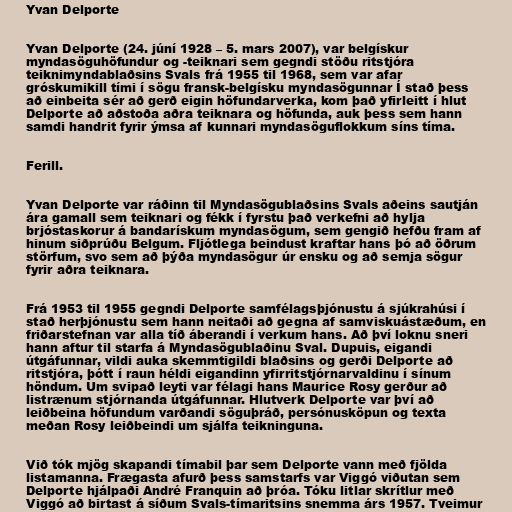
Yvan Delporte

Yvan Delporte (24. júní 1928 – 5. mars 2007), var belgískur
myndasöguhöfundur og -teiknari sem gegndi stöðu ritstjóra
teiknimyndablaðsins Svals frá 1955 til 1968, sem var afar
gróskumikill tími í sögu fransk-belgísku myndasögunnar Í stað þess
að einbeita sér að gerð eigin höfundarverka, kom það yfirleitt í hlut
Delporte að aðstoða aðra teiknara og höfunda, auk þess sem hann
samdi handrit fyrir ýmsa af kunnari myndasöguflokkum síns tíma.

Ferill.

Yvan Delporte var ráðinn til Myndasögublaðsins Svals aðeins sautján
ára gamall sem teiknari og fékk í fyrstu það verkefni að hylja
brjóstaskorur á bandarískum myndasögum, sem gengið hefðu fram af
hinum siðprúðu Belgum. Fljótlega beindust kraftar hans þó að öðrum
störfum, svo sem að þýða myndasögur úr ensku og að semja sögur
fyrir aðra teiknara.

Frá 1953 til 1955 gegndi Delporte samfélagsþjónustu á sjúkrahúsi í
stað herþjónustu sem hann neitaði að gegna af samviskuástæðum, en
friðarstefnan var alla tíð áberandi í verkum hans. Að því loknu sneri
hann aftur til starfa á Myndasögublaðinu Sval. Dupuis, eigandi
útgáfunnar, vildi auka skemmtigildi blaðsins og gerði Delporte að
ritstjóra, þótt í raun héldi eigandinn yfirritstjórnarvaldinu í sínum
höndum. Um svipað leyti var félagi hans Maurice Rosy gerður að
listrænum stjórnanda útgáfunnar. Hlutverk Delporte var því að
leiðbeina höfundum varðandi söguþráð, persónusköpun og texta
meðan Rosy leiðbeindi um sjálfa teikninguna.

Við tók mjög skapandi tímabil þar sem Delporte vann með fjölda
listamanna. Frægasta afurð þess samstarfs var Viggó viðutan sem
Delporte hjálpaði André Franquin að þróa. Tóku litlar skrítlur með
Viggó að birtast á síðum Svals-tímaritsins snemma árs 1957. Tveimur